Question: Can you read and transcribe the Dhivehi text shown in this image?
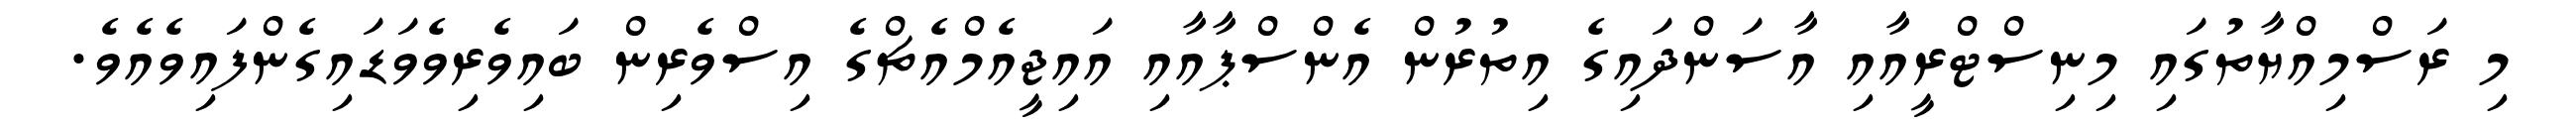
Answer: މި ރަސްމިއްޔާތުގައި މިނިސްޓްރީއާއި އާސަންދައިގެ އިތުރުން އެންސްޕާއާއި އައިޖީއެމްއެޗްގެ އިސްވެރިން ބައިވެރިވެވަޑައިގެންފައިވެއެވެ.